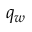
q _ { w }